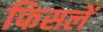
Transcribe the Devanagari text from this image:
फिसलें